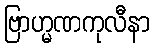
ဗြာဟ္မဏကုလီနာ